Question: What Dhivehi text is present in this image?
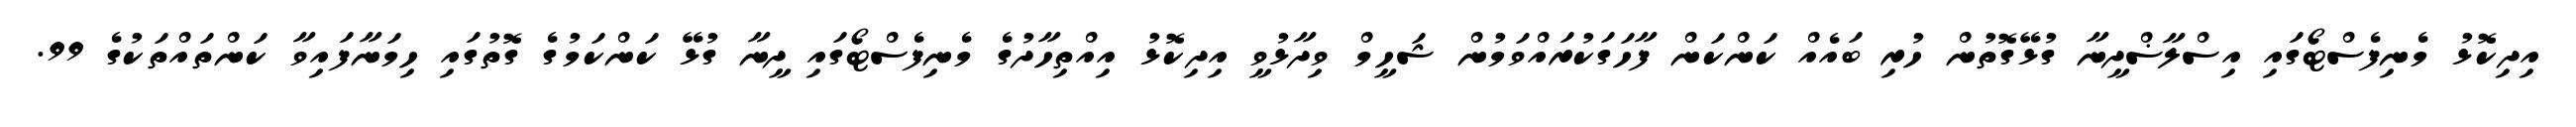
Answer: އިދިކޮޅު މެނިފެސްޓޯގައި އިސްލާޟްދީނާ ގުޅޭގޮތުން ހުރި ބައެއް ކަންކަން ފާހަގަކުރައްވަމުން ޝަހީމް ވިދާޅުވީ އިދިކޮޅު އިއްތިހާދުގެ މެނިފެސްޓޯގައި ދީނާ ގުޅޭ ކަންކަމުގެ ގޮތުގައި ހިމަނާފައިވާ ކަންތައްތަކުގެ 99.